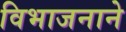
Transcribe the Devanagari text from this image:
विभाजनाने